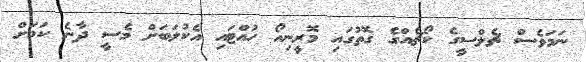
ނަމަވެސް ޗެލްސީގެ ކޯޗެއްގެ ގޮތުގައި މޮރީނިއޯ ހުއްޓައި އެކުލަބަށް މެސީ ދާނެ ކަމަށް